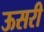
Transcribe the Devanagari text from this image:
ऊसरी